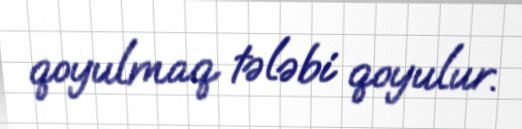
qoyulmaq tələbi qoyulur.